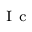
_ \mathrm { ~ I ~ c ~ }